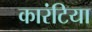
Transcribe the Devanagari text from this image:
कारंटिया